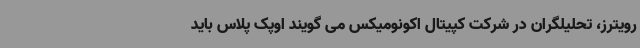
رویترز، تحلیلگران در شرکت کپیتال اکونومیکس می گویند اوپک پلاس باید